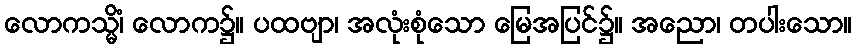
လောကသ္မိံ၊ လောက၌။ ပထဗျာ၊ အလုံးစုံသော မြေအပြင်၌။ အညော၊ တပါးသော။